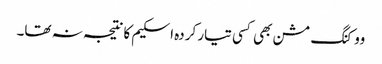
ووکنگ مشن بھی کسی تیار کردہ اسکیم کا نتیجہ نہ تھا۔